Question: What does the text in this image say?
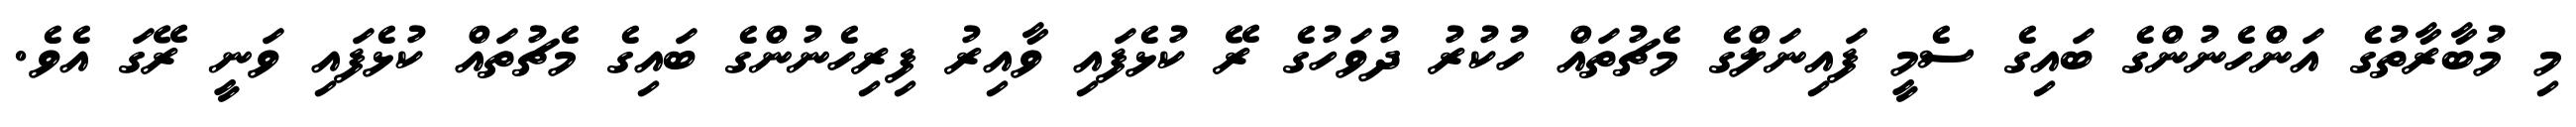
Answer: މި މުބާރާތުގެ އަންހެނުންގެ ބައިގެ ސެމީ ފައިނަލްގެ މެޗުތައް ހުކުރު ދުވަހުގެ ރޭ ކުޅެފައި ވާއިރު ފިރިހެނުންގެ ބައިގެ މެޗުތައް ކުޅެފައި ވަނީ ރޭގަ އެވެ.